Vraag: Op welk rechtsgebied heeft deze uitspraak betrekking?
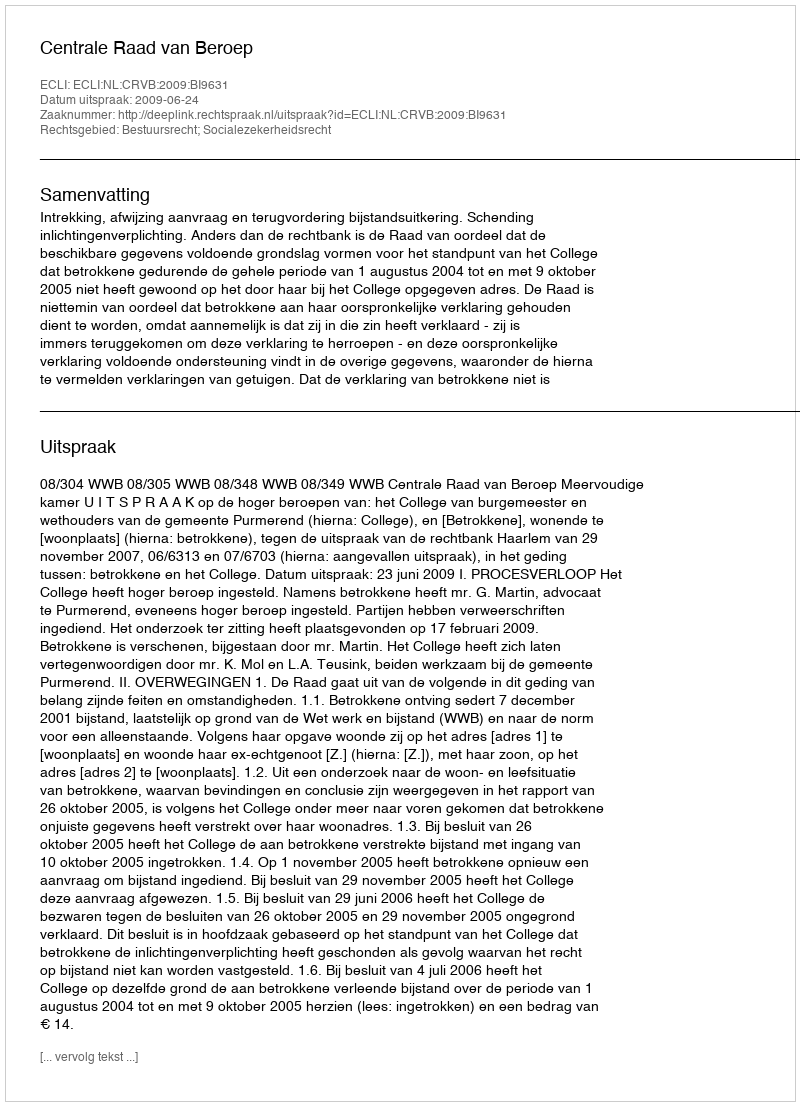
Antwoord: Bestuursrecht; Socialezekerheidsrecht